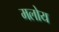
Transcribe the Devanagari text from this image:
मलोय